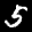
Label: 5